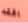
افقد